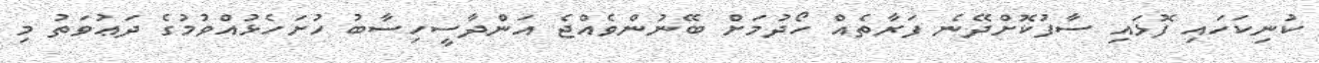
ކުނިކަހައި ފޮޅައި ސާފުކޮށްދޭނެ ފަރާތެއް ހޯދުމަށް ބޭނުންވެއްޖެ އަންދާސީހިސާބު ހުށަހެޅުއްވުމުގެ ދަޢުވަތު މި